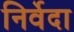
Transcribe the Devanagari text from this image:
निर्वेदा